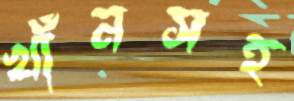
খাঁনসহ